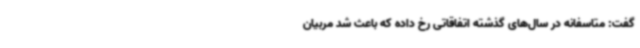
گفت: متاسفانه در سال‌های گذشته اتفاقاتی رخ داده که باعث شد مربیان